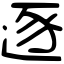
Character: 逐